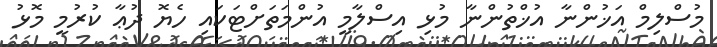
މުސްލިމް އަޚުންނާ އުޚްތުންނާ މުޅި އިސްލާމީ އުންމަތަށްޓަކައި ހެޔޮ ދުޢާ ކުރުމީ މޮޅު